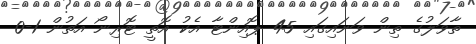
ތާވަލުގެ ތިން ވަނައިގައި 45 ޕޮއިންޓާ އެކު އޮތީ ޓޮރިނޯ އަތުން 1-0